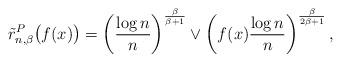
LaTeX: \begin{align*}\tilde{r}_{n,\beta}^P \big(f(x)\big) = \left( \frac{\log n}{n} \right)^{\frac{\beta}{\beta+1}} \vee \left( f(x)\frac{\log n}{n} \right)^{\frac{\beta}{2\beta+1}} ,\end{align*}